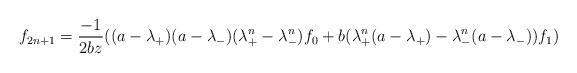
LaTeX: \begin{align*} f_{2n+1}=\frac{-1}{2bz}((a-\lambda_+)(a-\lambda_-)(\lambda_+^n-\lambda_-^n)f_0+b(\lambda_+^n(a-\lambda_+)-\lambda_-^n(a-\lambda_-))f_1)\end{align*}